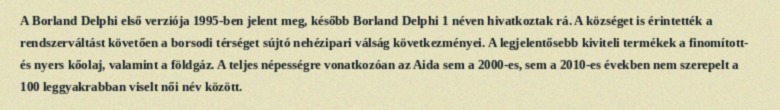
A Borland Delphi első verziója 1995-ben jelent meg, később Borland Delphi 1 néven hivatkoztak rá. A községet is érintették a rendszerváltást követően a borsodi térséget sújtó nehézipari válság következményei. A legjelentősebb kiviteli termékek a finomított- és nyers kőolaj, valamint a földgáz. A teljes népességre vonatkozóan az Aida sem a 2000-es, sem a 2010-es években nem szerepelt a 100 leggyakrabban viselt női név között.